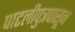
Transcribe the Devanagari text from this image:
पाटलीपुत्रपासून